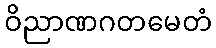
ဝိညာဏဂတမေတံ